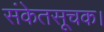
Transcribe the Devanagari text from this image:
संकेतसूचक।